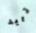
تريد